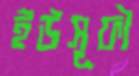
ইউসূফী